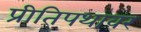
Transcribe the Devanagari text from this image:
प्रीतिपथावर